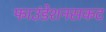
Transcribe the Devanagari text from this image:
फाउंडेशनसकट